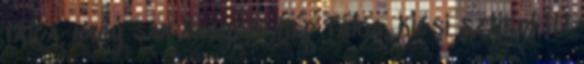
tálca, nagy san Nagyobb kép Tálca, kicsi sztirol itt